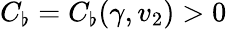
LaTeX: C_{\flat}=C_{\flat}(\gamma,v_{2})>0